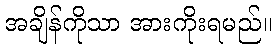
အချိန်ကိုသာ အားကိုးရမည်။